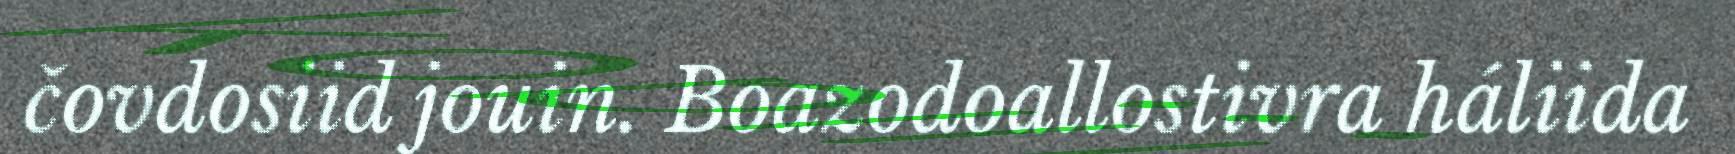
čovdosiid jouin. Boazodoallostivra háliida